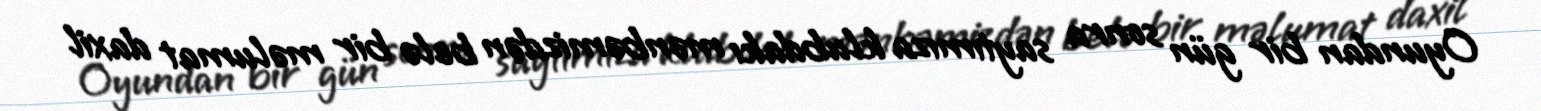
Oyundan bir gün sonra saytımıza klubdakı mənbəmizdən belə bir məlumat daxil